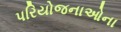
પરિયોજનાઓના